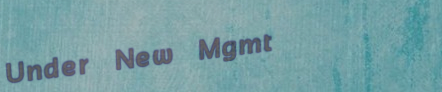
Under New Mgmt